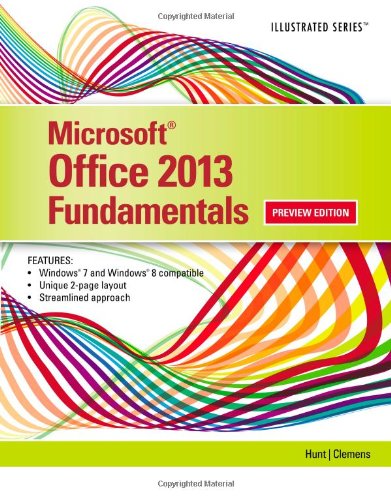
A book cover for Microsoft Office 2013: Illustrated Fundamentals; Marjorie S. Hunt; Computers & Technology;